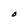
Character: O